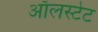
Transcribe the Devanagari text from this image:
ऑलस्टेट